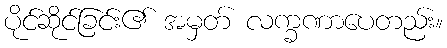
ပိုင်ဆိုင်ခြင်း၏ အမှတ် လက္ခဏာပေတည်း။